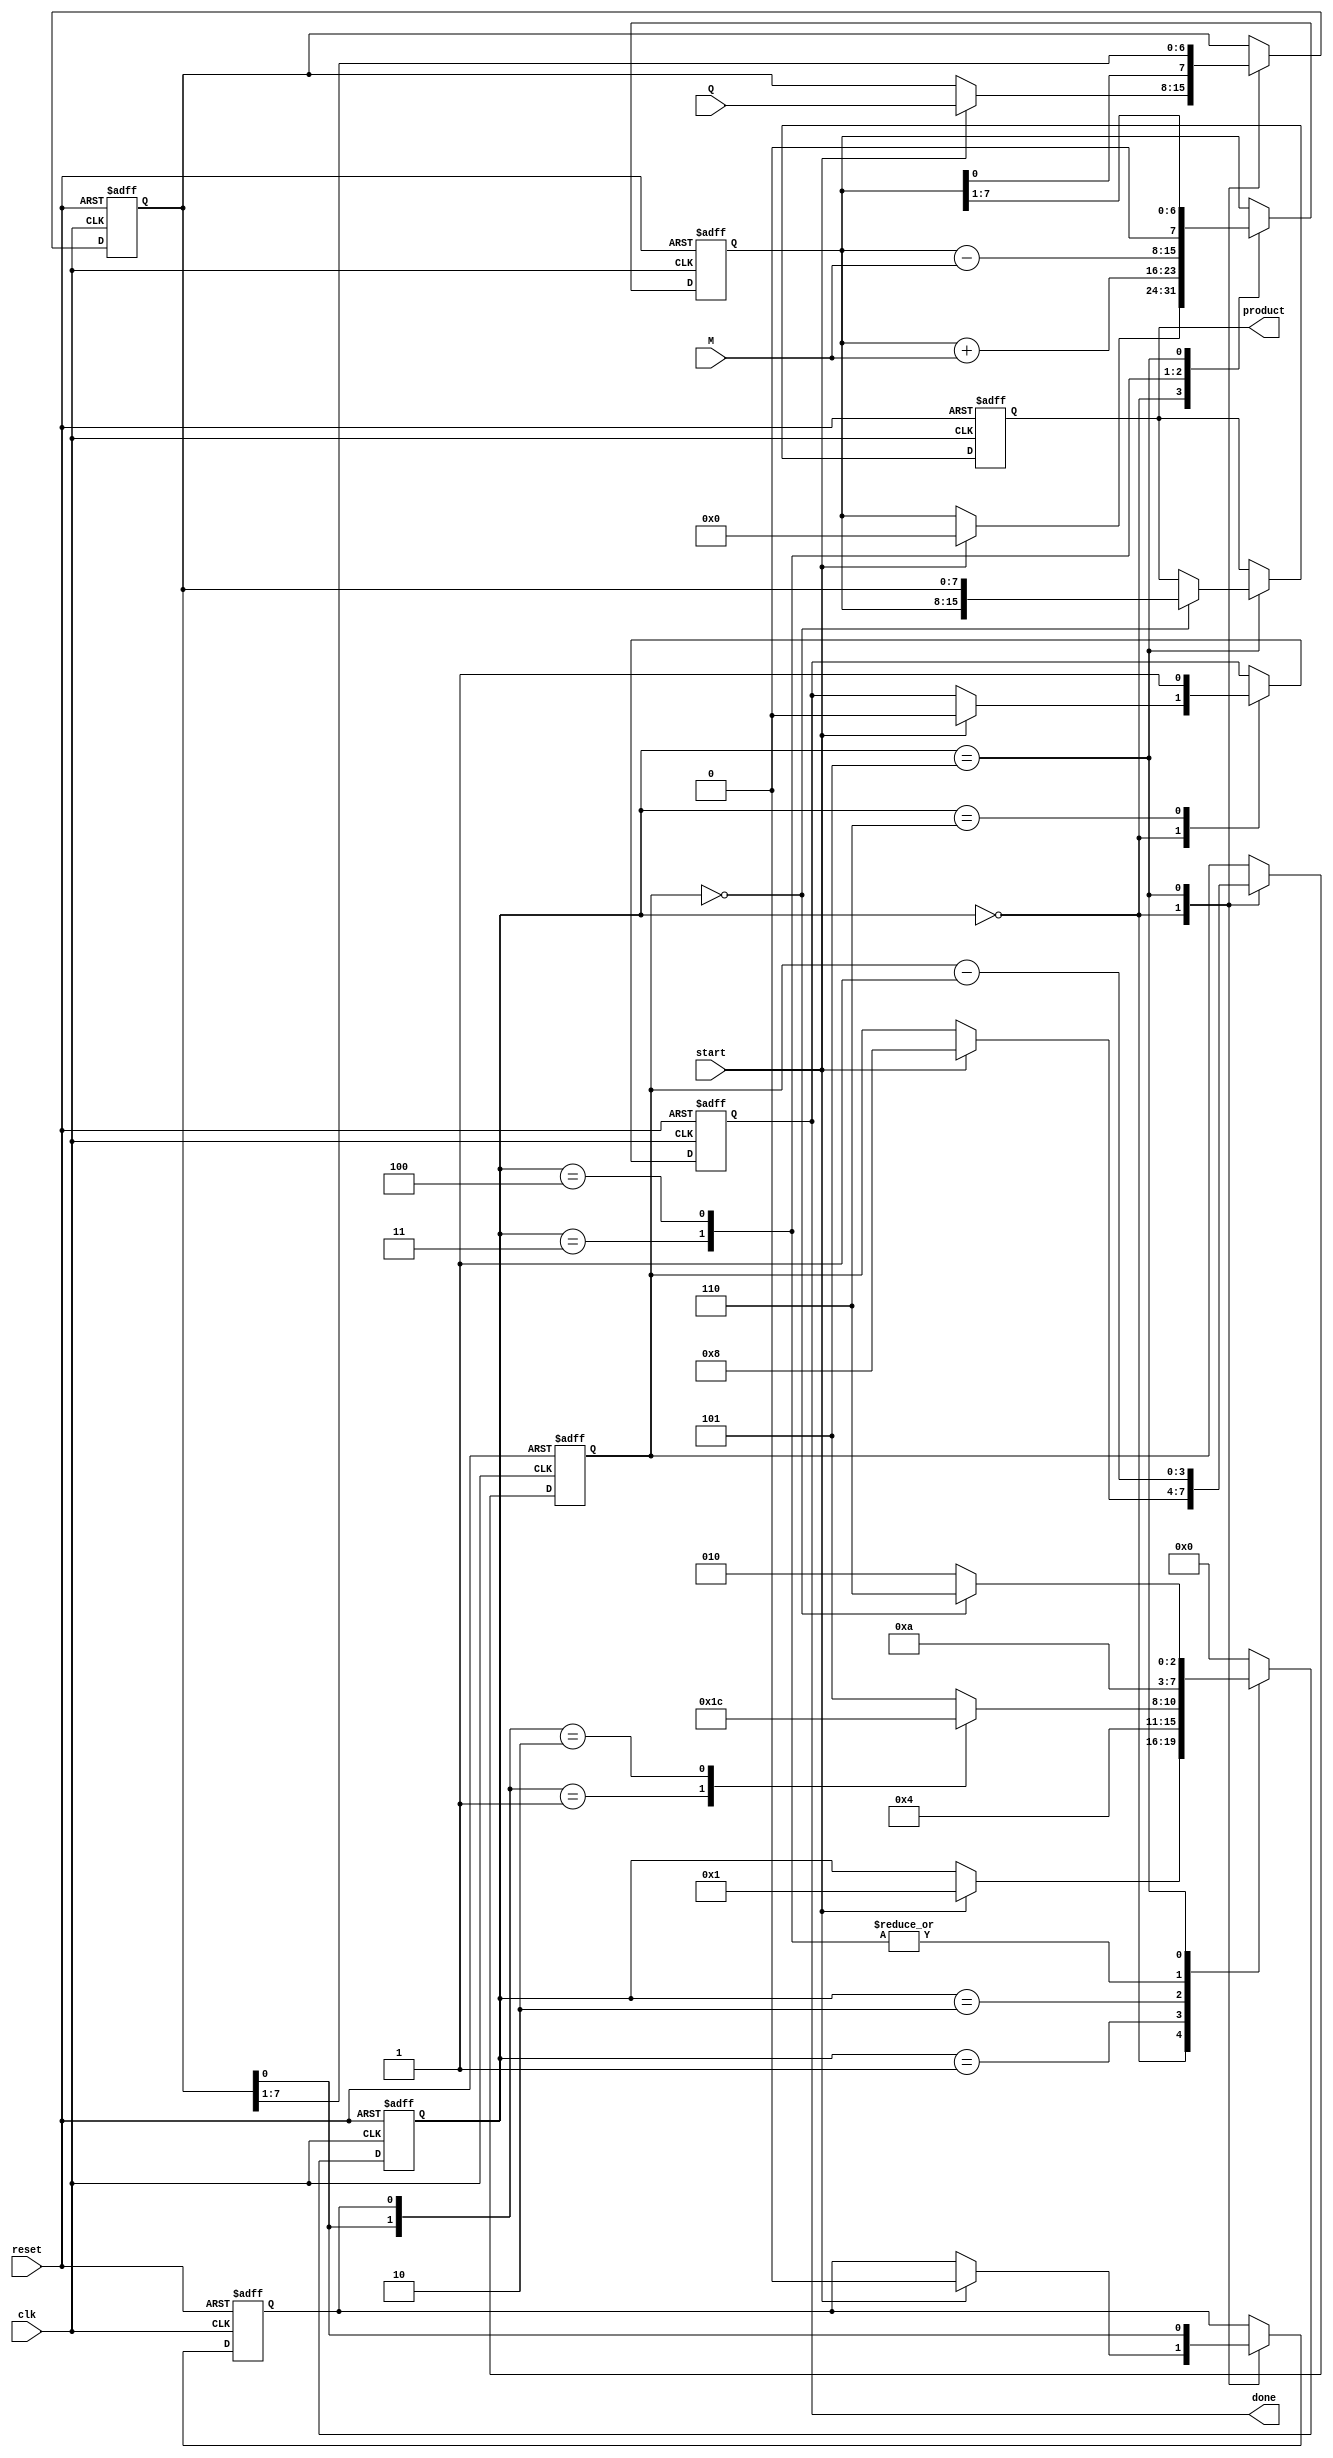
module booth_multiplier #(
    parameter WIDTH = 8 // Bit-width for the multiplicand and multiplier
)(
    input wire clk,
    input wire reset,
    input wire start,
    input wire signed [WIDTH-1:0] M, // Multiplicand
    input wire signed [WIDTH-1:0] Q, // Multiplier
    output reg signed [2*WIDTH-1:0] product, // Product output
    output reg done // Done signal
);

    // Internal registers
    reg signed [WIDTH-1:0] A; // Accumulator
    reg signed [WIDTH-1:0] Q_reg; // Multiplier register
    reg Q_1; // Previous LSB of Q
    reg [3:0] state; // FSM state
    reg [3:0] count; // Count for iterations

    // State encoding
    localparam IDLE = 4'b0000,
               INIT = 4'b0001,
               CHECK = 4'b0010,
               ADD = 4'b0011,
               SUB = 4'b0100,
               SHIFT = 4'b0101,
               DONE = 4'b0110;

    always @(posedge clk or posedge reset) begin
        if (reset) begin
            // Reset all registers and signals
            A <= 0;
            Q_reg <= 0;
            Q_1 <= 0;
            product <= 0;
            state <= IDLE;
            count <= 0;
            done <= 0;
        end else begin
            case (state)
                IDLE: begin
                    if (start) begin
                        // Initialize registers
                        A <= 0;
                        Q_reg <= Q;
                        Q_1 <= 0;
                        count <= WIDTH; // Number of bits to process
                        state <= INIT;
                        done <= 0;
                    end
                end

                INIT: begin
                    // Move to CHECK state
                    state <= CHECK;
                end

                CHECK: begin
                    // Check the last two bits of Q_reg and Q_1
                    case ({Q_reg[0], Q_1})
                        2'b01: state <= ADD; // A = A + M
                        2'b10: state <= SUB; // A = A - M
                        default: state <= SHIFT; // No operation
                    endcase
                end

                ADD: begin
                    // Perform addition
                    A <= A + M;
                    state <= SHIFT;
                end

                SUB: begin
                    // Perform subtraction
                    A <= A - M;
                    state <= SHIFT;
                end

                SHIFT: begin
                    // Right shift A and Q_reg
                    {A, Q_reg} <= {A, Q_reg} >> 1;
                    Q_1 <= Q_reg[0]; // Update Q_1 with the previous LSB of Q
                    count <= count - 1; // Decrement the count

                    if (count == 0) begin
                        // If done, move to DONE state
                        product <= {A, Q_reg}; // Combine A and Q_reg for the product
                        state <= DONE;
                    end else begin
                        // Continue checking
                        state <= CHECK;
                    end
                end

                DONE: begin
                    // Set done signal
                    done <= 1;
                    state <= IDLE; // Go back to IDLE state
                end

                default: state <= IDLE; // Default case
            endcase
        end
    end
endmodule